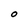
Character: o